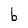
Character: b